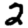
Digit: 2